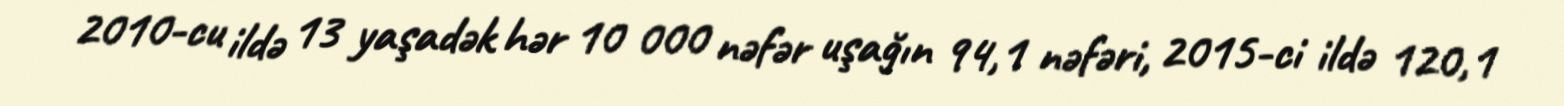
2010-cu ildə 13 yaşadək hər 10 000 nəfər uşağın 94,1 nəfəri, 2015-ci ildə 120,1